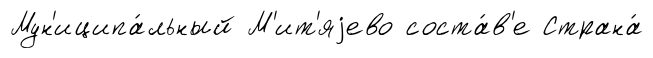
Мун'иципа́льный М'ит'яjево соста́в'е Страна́